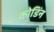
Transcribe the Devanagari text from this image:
कोडिंन